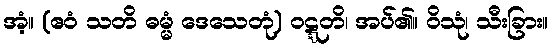
အံ့။ (ဧဝံ သတိ ဓမ္မံ ဒေသေတုံ) ဝဋ္ဋတိ၊ အပ်၏။ ဝိသုံ၊ သီးခြား။